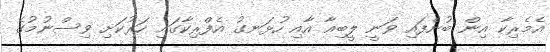
އެމެރިކާ އިން ބުނެފައި ވަނީ ލީބިއާ އާއި ހުޅަނގު އެފްރިކާގައި ހަރުކަށި ވިސްނުމުގެ